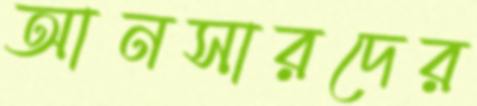
আনসারদের